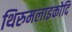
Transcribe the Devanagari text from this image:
थिरुमलाइकोदि